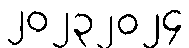
၂၀၂၃၂၀၂၄